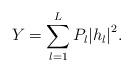
LaTeX: \begin{align*} Y = \sum\limits_{l = 1}^L {{P_l}{{\left| {{h_l}} \right|}^2}}.\end{align*}